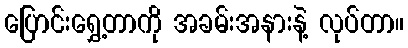
ပြောင်းရွှေ့တာကို အခမ်းအနားနဲ့ လုပ်တာ။